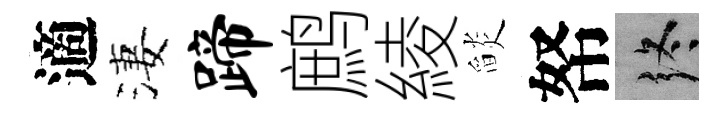
適淒蹄鹧綾𦦨帑终